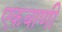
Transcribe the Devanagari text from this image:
एकबाणी